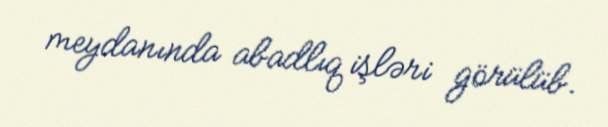
meydanında abadlıq işləri görülüb.